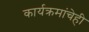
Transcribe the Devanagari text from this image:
कार्यक्रमांचेही